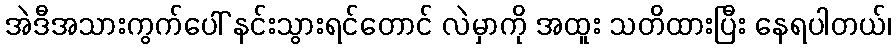
အဲဒီအသားကွက်ပေါ် နင်းသွားရင်တောင် လဲမှာကို အထူး သတိထားပြီး နေရပါတယ်၊